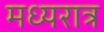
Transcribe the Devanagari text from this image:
मध्यरात्र